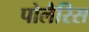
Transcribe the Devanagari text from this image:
पोलैरिस